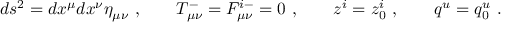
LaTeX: d s ^ { 2 } = d x ^ { \mu } d x ^ { \nu } \eta _ { \mu \nu } \ , \qquad T _ { \mu \nu } ^ { - } = { \cal F } _ { \mu \nu } ^ { i - } = 0 \ , \qquad z ^ { i } = z _ { 0 } ^ { i } \ , \qquad q ^ { u } = q _ { 0 } ^ { u } \ .